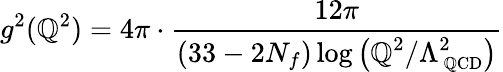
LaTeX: g^{2}(\mathbb{Q}^{2})=4\pi\cdot\frac{{12\pi}}{{\displaystyle(33-2N_{f})\log\left(\mathbb{Q}^{2}/\Lambda_{\mathrm{{\small~\mathbb{Q}CD}}}^{2}\right)}}